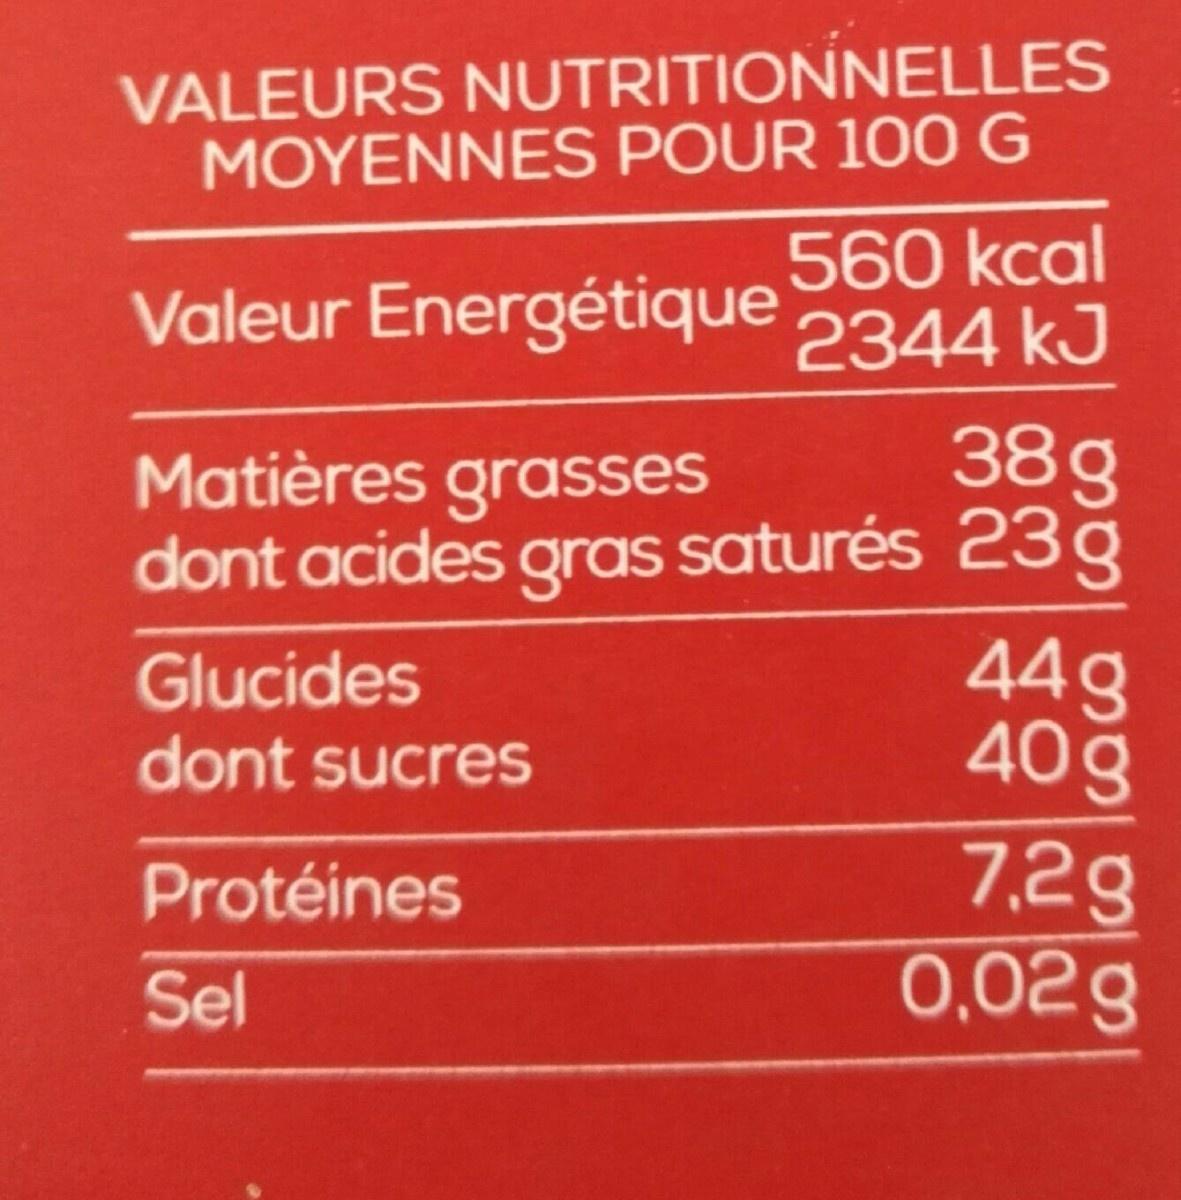
VALEURS NUTRITIONNELLES MOYENNES POUR 100 G
560 kcal Valeur Energétique 2344 kJ
38g dont acides gras saturés 23 g 44g 40g 7,2g 0,02g
Matières grasses
Glucides dont sucres
Protéines
Sel